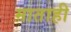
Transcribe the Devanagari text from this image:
माताही